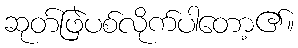
ဆုတ်ဖြဲပစ်လိုက်ပါတော့၏။